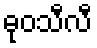
ဓုဝသီလီ